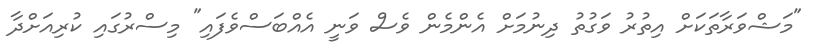
"މަޝްވަރާތަކަށް އިތުރު ވަގުތު ދިނުމަށް އެންމެން ވެސް ވަނީ އެއްބަސްވެފައި" މިސްރުގައި ކުރިއަށްދާ